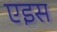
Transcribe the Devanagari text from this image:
एइस